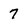
Character: 7